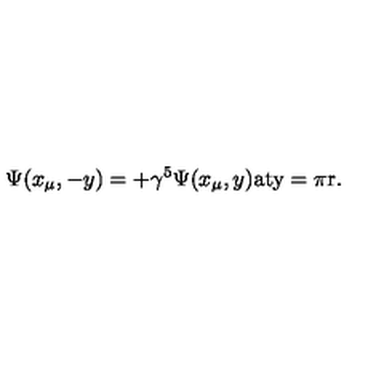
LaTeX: \Psi ( x _ { \mu } , - y ) = + \gamma ^ { 5 } \Psi ( x _ { \mu } , y ) \mathrm { a t y = \pi r } .